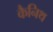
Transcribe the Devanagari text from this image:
कैनिथ